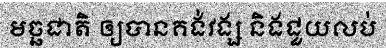
មច្ឆជាតិ ឲ្យបានគង់វង្ស និងជួយលប់